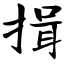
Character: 揖